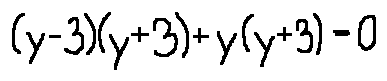
( y - 3 ) ( y + 3 ) + y ( y + 3 ) = 0